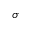
\sigma